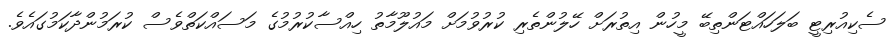
ސެކިއުރިޓީ ބަލަހައްޓަންތިބޭ މީހުން އިތުރަށް ހޭލުންތެރި ކުރުވުމަށް މައުލޫމާތު ހިއްސާކުރުމުގެ މަަސައްކަތްވެސް ކުރަމުންދާކަމުގައެވެ.